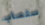
ستصاب